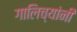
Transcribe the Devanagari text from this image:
गालिच्यांनी